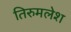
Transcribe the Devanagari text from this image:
तिरुमलेश